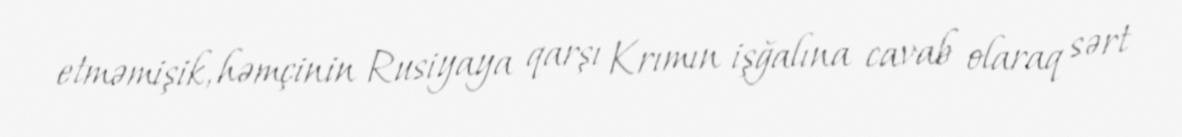
etməmişik, həmçinin Rusiyaya qarşı Krımın işğalına cavab olaraq sərt